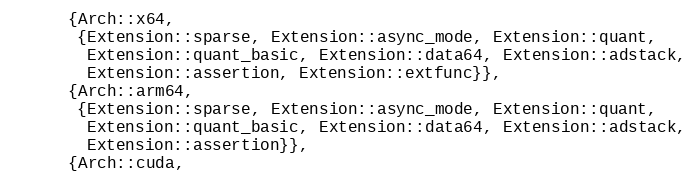
Language: C++
      {Arch::x64,
       {Extension::sparse, Extension::async_mode, Extension::quant,
        Extension::quant_basic, Extension::data64, Extension::adstack,
        Extension::assertion, Extension::extfunc}},
      {Arch::arm64,
       {Extension::sparse, Extension::async_mode, Extension::quant,
        Extension::quant_basic, Extension::data64, Extension::adstack,
        Extension::assertion}},
      {Arch::cuda,